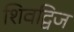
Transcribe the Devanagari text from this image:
शिवद्विज